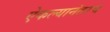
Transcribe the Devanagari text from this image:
ऐकल्यानंतरच